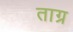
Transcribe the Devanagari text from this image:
ताग्र